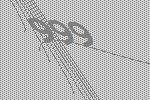
999